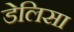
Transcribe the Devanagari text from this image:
डेलिसा